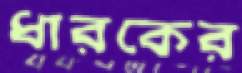
ধারকের